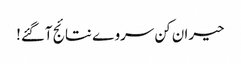
حیران کن سروے نتائج آگئے!